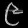
Digit: ၉